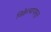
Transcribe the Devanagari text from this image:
विक्रेत्यापासून